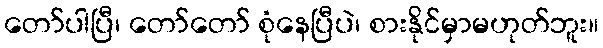
တော်ပါပြီ၊ တော်တော် စုံနေပြီပဲ၊ စားနိုင်မှာမဟုတ်ဘူး။